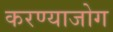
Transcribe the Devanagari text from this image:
करण्याजोग